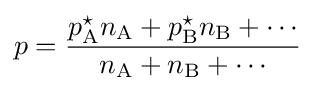
p={\dfrac {p_{\text{A}}^{\star }n_{\text{A}}+p_{\text{B}}^{\star }n_{\text{B}}+\cdots }{n_{\text{A}}+n_{\text{B}}+\cdots }}